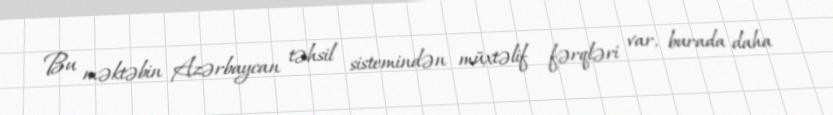
Bu məktəbin Azərbaycan təhsil sistemindən müxtəlif fərqləri var, burada daha